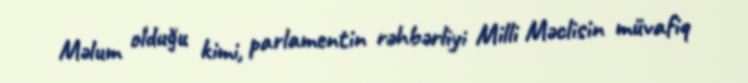
Məlum olduğu kimi, parlamentin rəhbərliyi Milli Məclisin müvafiq